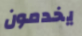
يخدمون